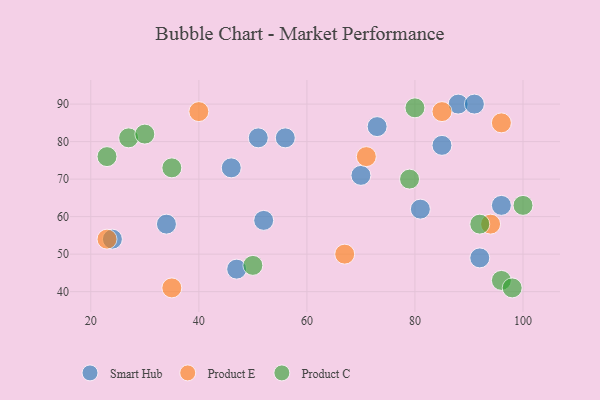
{"axis": {"x": "GDP", "y": "Life Expectancy"}, "legend": ["Product C", "Product E", "Smart Hub"], "data": [{"x": "47", "y": 46, "type": "Smart Hub"}, {"x": "70", "y": 71, "type": "Smart Hub"}, {"x": "46", "y": 73, "type": "Smart Hub"}, {"x": "96", "y": 63, "type": "Smart Hub"}, {"x": "92", "y": 49, "type": "Smart Hub"}, {"x": "81", "y": 62, "type": "Smart Hub"}, {"x": "52", "y": 59, "type": "Smart Hub"}, {"x": "88", "y": 90, "type": "Smart Hub"}, {"x": "51", "y": 81, "type": "Smart Hub"}, {"x": "73", "y": 84, "type": "Smart Hub"}, {"x": "91", "y": 90, "type": "Smart Hub"}, {"x": "56", "y": 81, "type": "Smart Hub"}, {"x": "24", "y": 54, "type": "Smart Hub"}, {"x": "34", "y": 58, "type": "Smart Hub"}, {"x": "85", "y": 79, "type": "Smart Hub"}, {"x": "96", "y": 85, "type": "Product E"}, {"x": "40", "y": 88, "type": "Product E"}, {"x": "94", "y": 58, "type": "Product E"}, {"x": "71", "y": 76, "type": "Product E"}, {"x": "35", "y": 41, "type": "Product E"}, {"x": "23", "y": 54, "type": "Product E"}, {"x": "85", "y": 88, "type": "Product E"}, {"x": "67", "y": 50, "type": "Product E"}, {"x": "100", "y": 63, "type": "Product C"}, {"x": "92", "y": 58, "type": "Product C"}, {"x": "27", "y": 81, "type": "Product C"}, {"x": "80", "y": 89, "type": "Product C"}, {"x": "30", "y": 82, "type": "Product C"}, {"x": "96", "y": 43, "type": "Product C"}, {"x": "50", "y": 47, "type": "Product C"}, {"x": "35", "y": 73, "type": "Product C"}, {"x": "98", "y": 41, "type": "Product C"}, {"x": "23", "y": 76, "type": "Product C"}, {"x": "79", "y": 70, "type": "Product C"}]}